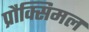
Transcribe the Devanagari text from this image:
प्रौक्सिमल